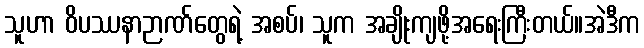
သူဟာ ဝိပဿနာဉာဏ်တွေရဲ့ အစပ်၊ သူက အချိုးကျဖို့အရေးကြီးတယ်။အဲဒီက